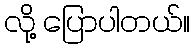
လို့ ပြောပါတယ်။